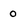
Character: 0